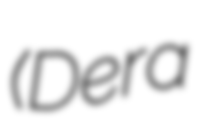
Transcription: (Dera